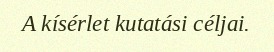
A kísérlet kutatási céljai.